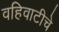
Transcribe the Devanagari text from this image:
वहिवाटीचे